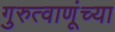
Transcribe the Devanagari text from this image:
गुरुत्वाणूंच्या